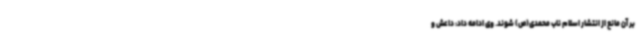
بر آن مانع از انتشار اسلام ناب محمدی(ص) شوند. وی ادامه داد: داعش و